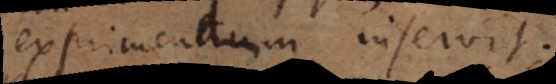
exprimendum inservit.